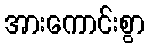
အားကောင်းစွာ